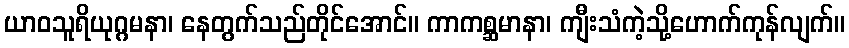
ယာဝသူရိယုဂ္ဂမနာ၊ နေတွက်သည်တိုင်အောင်။ ကာကစ္ဆမာနာ၊ ကျီးသံကဲ့သို့ဟောက်ကုန်လျက်။